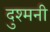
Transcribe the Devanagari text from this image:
दुश्‍मनी